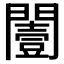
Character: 𨶮